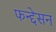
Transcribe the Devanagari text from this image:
फन्द्देसन